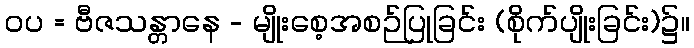
ဝပ = ဗီဇသန္တာနေ - မျိုးစေ့အစဉ်ပြုခြင်း (စိုက်ပျိုးခြင်း)၌။